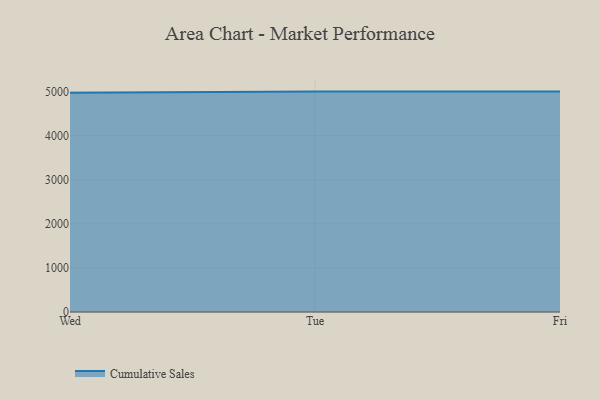
{"axis": {"x": "Day", "y": "Churn Rate (%)"}, "legend": ["Cumulative Sales"], "data": [{"x": "Wed", "y": 4971.2, "type": "Cumulative Sales"}, {"x": "Tue", "y": 5000, "type": "Cumulative Sales"}, {"x": "Fri", "y": 5000, "type": "Cumulative Sales"}]}